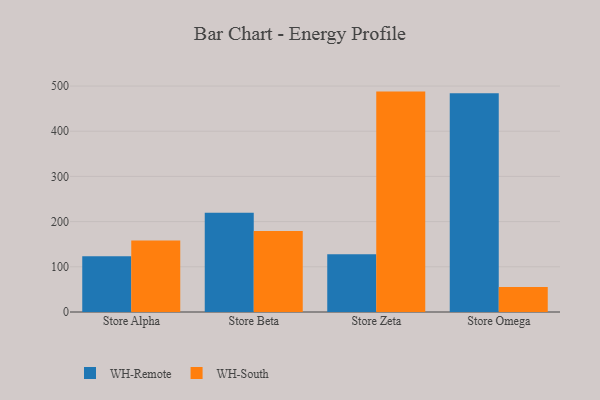
{"axis": {"x": "Store", "y": "Market Share (%)"}, "legend": ["WH-Remote", "WH-South"], "data": [{"x": "Store Alpha", "y": 123.1, "type": "WH-Remote"}, {"x": "Store Alpha", "y": 158.1, "type": "WH-South"}, {"x": "Store Beta", "y": 219.7, "type": "WH-Remote"}, {"x": "Store Beta", "y": 179.5, "type": "WH-South"}, {"x": "Store Zeta", "y": 127.6, "type": "WH-Remote"}, {"x": "Store Zeta", "y": 487.7, "type": "WH-South"}, {"x": "Store Omega", "y": 483.9, "type": "WH-Remote"}, {"x": "Store Omega", "y": 55.2, "type": "WH-South"}]}